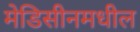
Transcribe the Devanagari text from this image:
मेडिसीनमधील